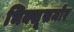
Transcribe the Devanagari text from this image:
भिक्खूसमोर